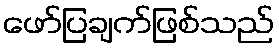
ဖော်ပြချက်ဖြစ်သည်